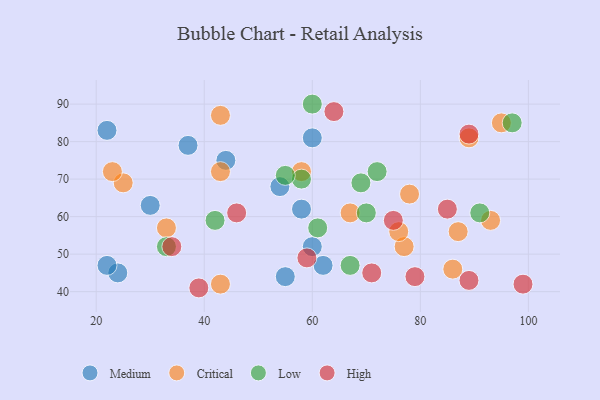
{"axis": {"x": "GDP", "y": "Life Expectancy"}, "legend": ["Critical", "High", "Low", "Medium"], "data": [{"x": "30", "y": 63, "type": "Medium"}, {"x": "55", "y": 44, "type": "Medium"}, {"x": "22", "y": 83, "type": "Medium"}, {"x": "24", "y": 45, "type": "Medium"}, {"x": "37", "y": 79, "type": "Medium"}, {"x": "62", "y": 47, "type": "Medium"}, {"x": "44", "y": 75, "type": "Medium"}, {"x": "58", "y": 62, "type": "Medium"}, {"x": "60", "y": 81, "type": "Medium"}, {"x": "22", "y": 47, "type": "Medium"}, {"x": "60", "y": 52, "type": "Medium"}, {"x": "54", "y": 68, "type": "Medium"}, {"x": "67", "y": 61, "type": "Critical"}, {"x": "43", "y": 72, "type": "Critical"}, {"x": "93", "y": 59, "type": "Critical"}, {"x": "78", "y": 66, "type": "Critical"}, {"x": "86", "y": 46, "type": "Critical"}, {"x": "43", "y": 87, "type": "Critical"}, {"x": "87", "y": 56, "type": "Critical"}, {"x": "58", "y": 72, "type": "Critical"}, {"x": "33", "y": 57, "type": "Critical"}, {"x": "77", "y": 52, "type": "Critical"}, {"x": "95", "y": 85, "type": "Critical"}, {"x": "25", "y": 69, "type": "Critical"}, {"x": "89", "y": 81, "type": "Critical"}, {"x": "76", "y": 56, "type": "Critical"}, {"x": "43", "y": 42, "type": "Critical"}, {"x": "23", "y": 72, "type": "Critical"}, {"x": "33", "y": 52, "type": "Low"}, {"x": "72", "y": 72, "type": "Low"}, {"x": "58", "y": 70, "type": "Low"}, {"x": "69", "y": 69, "type": "Low"}, {"x": "67", "y": 47, "type": "Low"}, {"x": "42", "y": 59, "type": "Low"}, {"x": "60", "y": 90, "type": "Low"}, {"x": "91", "y": 61, "type": "Low"}, {"x": "61", "y": 57, "type": "Low"}, {"x": "55", "y": 71, "type": "Low"}, {"x": "97", "y": 85, "type": "Low"}, {"x": "70", "y": 61, "type": "Low"}, {"x": "85", "y": 62, "type": "High"}, {"x": "75", "y": 59, "type": "High"}, {"x": "39", "y": 41, "type": "High"}, {"x": "89", "y": 82, "type": "High"}, {"x": "59", "y": 49, "type": "High"}, {"x": "99", "y": 42, "type": "High"}, {"x": "46", "y": 61, "type": "High"}, {"x": "89", "y": 43, "type": "High"}, {"x": "79", "y": 44, "type": "High"}, {"x": "71", "y": 45, "type": "High"}, {"x": "64", "y": 88, "type": "High"}, {"x": "34", "y": 52, "type": "High"}]}